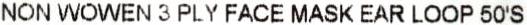
NON WOWEN 3 PLY FACE MASK EAR LOOP 50'S